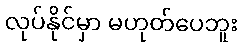
လုပ်နိုင်မှာ မဟုတ်ပေဘူး